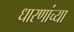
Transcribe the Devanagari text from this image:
धारणांच्या